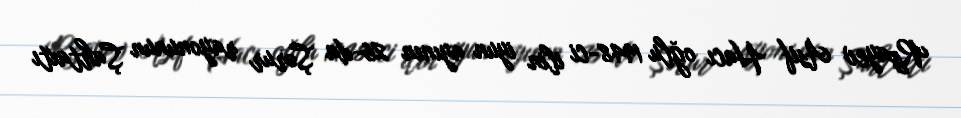
Rzayev Asif Hacı oğlu 1948-ci ilin iyun ayının 26-da Şərur rayonunun Şahtaxtı